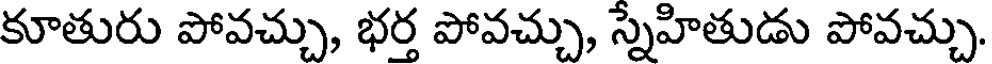
కూతురు పోవచ్చు, భర్త పోవచ్చు, స్నేహితుడు పోవచ్చు.